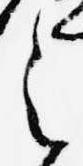
之